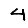
Digit: 4